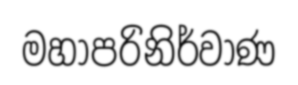
මහාපරිනිර්වාණ